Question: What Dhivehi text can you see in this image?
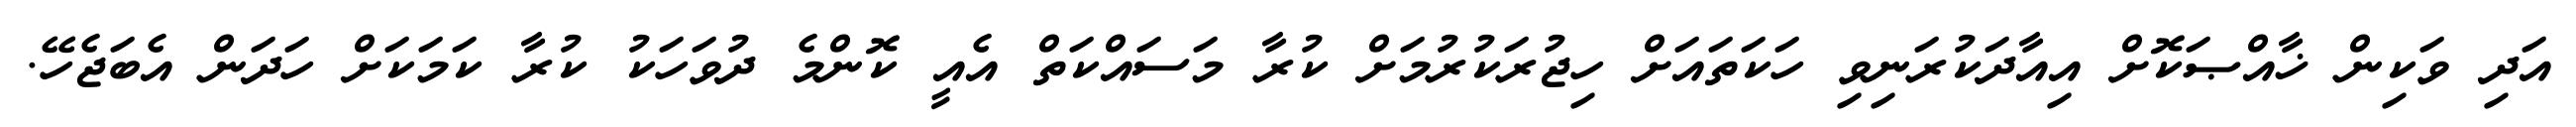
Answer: އަދި ވަކިން ޚާއްޞަކޮށް އިއާދަކުރަނިވި ހަކަތައަށް ހިޖުރަކުރުމަށް ކުރާ މަސައްކަތް އެއީ ކޮންމެ ދުވަހަކު ކުރާ ކަމަކަށް ހަދަން އެބަޖެހޭ.